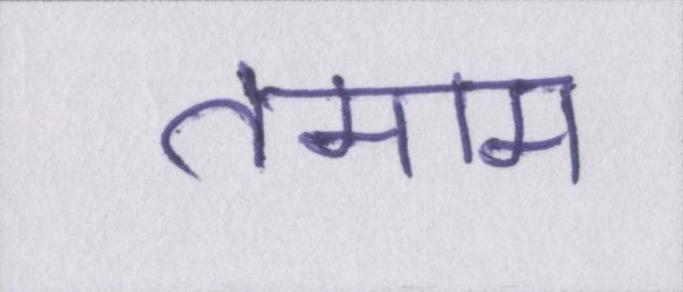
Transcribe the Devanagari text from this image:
तमाम